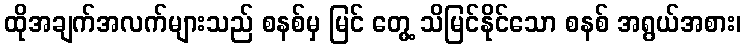
ထိုအချက်အလက်များသည် စနစ်မှ မြင် တွေ့ သိမြင်နိုင်သော စနစ် အရွယ်အစား၊